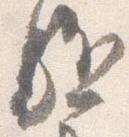
駈